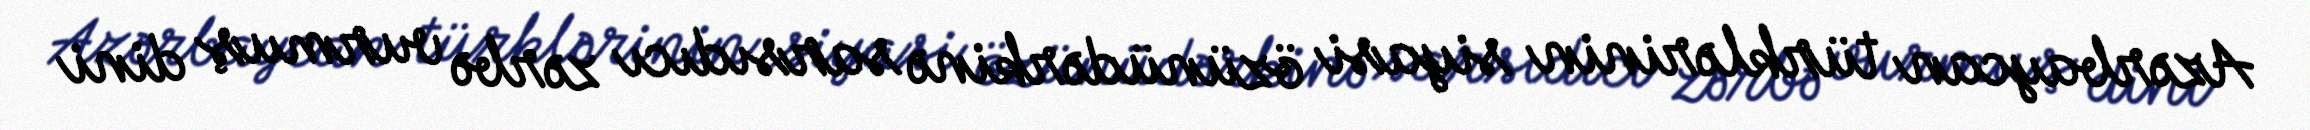
Azərbaycan türklərinin siyasi özünüdərkinə sarsıdıcı zərbə vurmuş dini